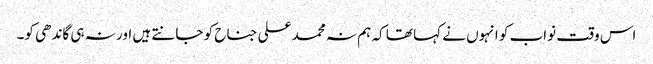
اس وقت نواب کو انہوں نے کہا تھا کہ ہم نہ محمد علی جناح کو جانتے ہیں اور نہ ہی گاندھی کو۔